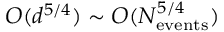
{ \cal O } ( d ^ { 5 / 4 } ) \sim { \cal O } ( N _ { \mathrm { e v e n t s } } ^ { 5 / 4 } )